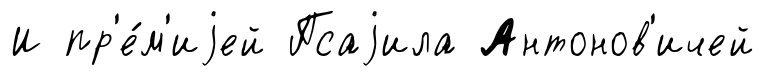
И пр'е́м'иjей Псаjила Антонов'ичей